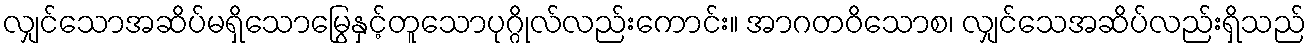
လျှင်သောအဆိပ်မရှိသောမြွေနှင့်တူသောပုဂ္ဂိုလ်လည်းကောင်း။ အာဂတဝိသောစ၊ လျှင်သေအဆိပ်လည်းရှိသည်